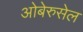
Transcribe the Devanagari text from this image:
ओबेरुसेल